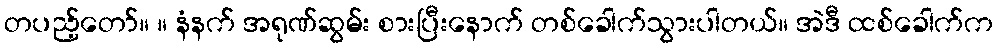
တပည့်တော်။ ။ နံနက် အရုဏ်ဆွမ်း စားပြီးနောက် တစ်ခေါက်သွားပါတယ်။ အဲဒီ ထစ်ခေါက်က